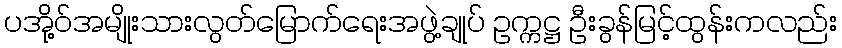
ပအို့ဝ်အမျိုးသားလွတ်မြောက်ရေးအဖွဲ့ချုပ် ဥက္ကဋ္ဌ ဦးခွန်မြင့်ထွန်းကလည်း